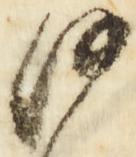
沙